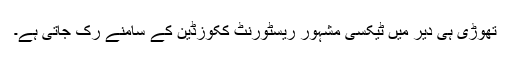
تھوڑی ہی دیر میں ٹیکسی مشہور ریسٹورنٹ کُکوزڈین کے سامنے رُک جاتی ہے۔